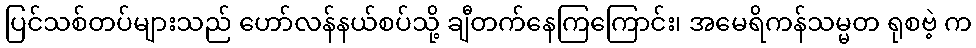
ပြင်သစ်တပ်များသည် ဟော်လန်နယ်စပ်သို့ ချီတက်နေကြကြောင်း၊ အမေရိကန်သမ္မတ ရုစဗဲ့ က